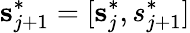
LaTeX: \mathbf{s}_{j+1}^{*}=[\mathbf{s}_{j}^{*},s_{j+1}^{*}]